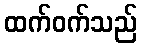
ထက်ဝက်သည်